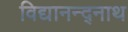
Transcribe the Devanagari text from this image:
विद्यानन्द्नाथ